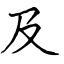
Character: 及